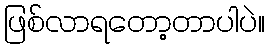
ဖြစ်လာရတော့တာပါပဲ။